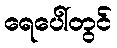
ရေပေါ်တွင်